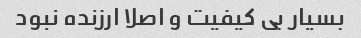
بسیار بی کیفیت و اصلا ارزنده نبود